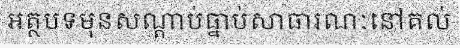
អត្ថបទមុនសណ្តាប់ធ្នាប់សាធារណៈនៅគល់